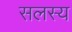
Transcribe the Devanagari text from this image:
सलस्य